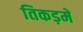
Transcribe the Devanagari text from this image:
तिकड़में